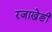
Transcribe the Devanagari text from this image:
रजाखेङी